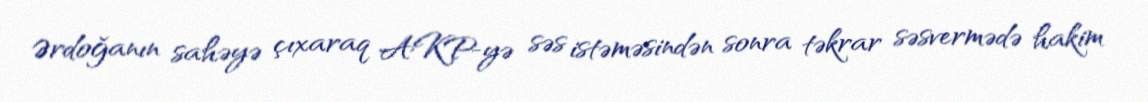
Ərdoğanın sahəyə çıxaraq AKP-yə səs istəməsindən sonra təkrar səsvermədə hakim